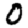
Digit: 0